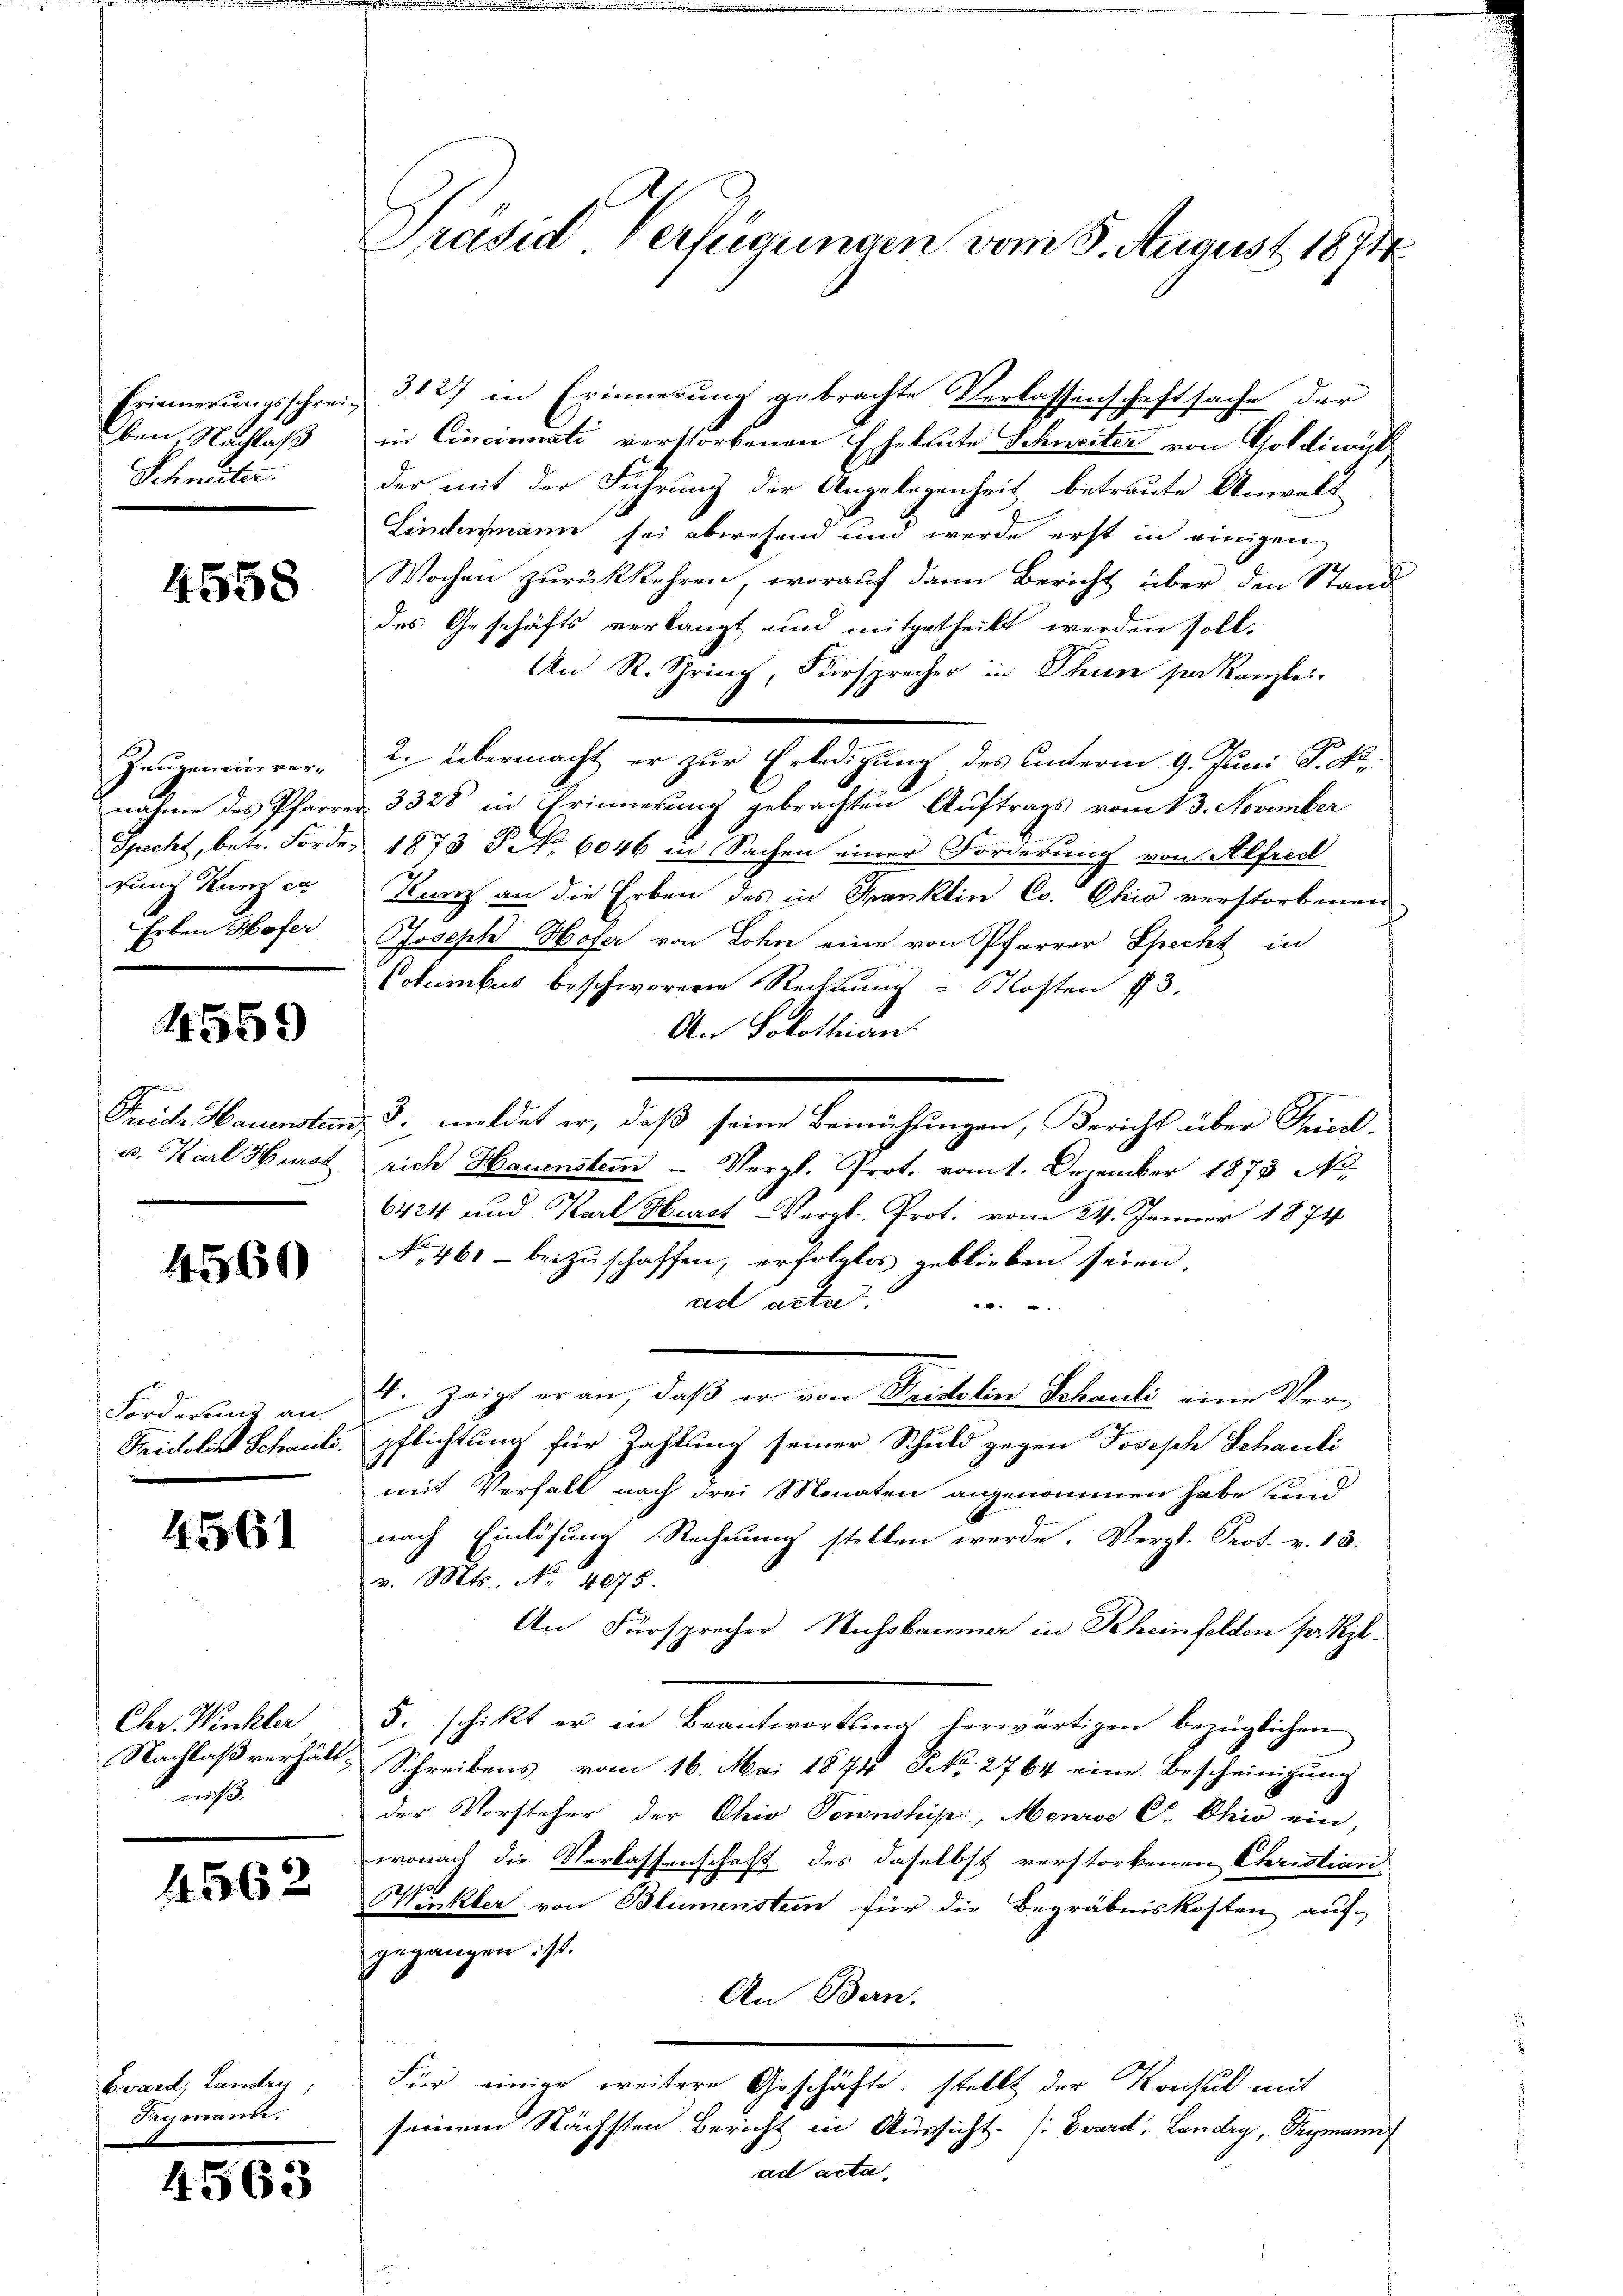
Erinnerungsschreiben, Nachlaß
Schneiter.

4558

Zeugen anver-
nahme des Pfarre
Speckt, betr. Förderung Kum er
Erben Hofer

4559

i
Treiche Hauenstein,
u. Karl Herst

4560

Forderung an
Fridolie Schauli.

4561

Chr. Winkler
Nachlaß verhältniß

4562

Bward, Landen,
Prymande.

4563

Präsid Verfeigungen vom 8. August 1874

3127 in Erinnerung gebrachte Verlassenschaftsache der
in Cincinnati verstorbenen Eheleute Schweiter von Goldiwoytder mit der Führung der Angelegenheit betreute Anwalt
Lindermann sei abwesend und werde erst in einigen
Wochen zurückkehren, worauf dann Bericht über den Stand
des Geschäfts verlangt und mitgetheilt werden soll.
An R. Sprinch, Fürsprecher in Thun par Kanzlei.
e
2. übermacht er zur Erledigung des unterm 9. Juni P. No.
3328 in Erinnerung gebrachten Auftrags vom 13. November
1873 No 6046 in Sachen einer Forderung von Alfred
Kunz an die Erben des in Franklin C. Chio verstorbenen
Joseph Hofer von Lohn eine von Pfarrer Specht in
Columbus beschworene Rechnung - Kosten 73.
An Solothian.
3. meldet er, daß seine Beimühungen, Bericht über Theod
rich Hauenstein Vergl. Prot. vomt. Dezember 1873 No
6424 und Karl Herst Vergl. Prot. vom 24. Januar 1874
No. 461 beizuschaffen, erfolglos geblieben seien.
ad acta.
.
4. Zeigt er an, daß er von Fridolin Schauli eine Verpflichtung für Zahlung seiner Schuld gegen Joseph Schauli
mit Verfall nach drei Monaten angenommen habe und
nach Einlösung Rechnung stellen werde. Vergl. Prot. v. 13.
v. Mts. Nr. 4075
An Fürsprecher Nussbaumer in Rheinfelden so kl.
5. schikt er in Beantwortsma herwärtigen bezüglichen
Schreibens vom 16. Mai 1874 NNo. 2764 eine Bescheinigŭng
der Vorsteher der Chio Tonnshij, Menrae C. Chio ein,
wonach die Verlassenschaft des daselbst verstorbenen Christian
WWukler von Blumenstein für die Begräbniskosten auf-
gegangen ist.
An Bern.
Für einige weitere Geschäfte, stellt der Konsul mit
seinem Nächsten Bericht in Aussicht. [Eward, Landry, Pegmann
ad acta.